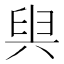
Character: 𠔜